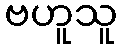
ဗဟူသူ